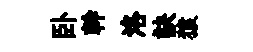
卧幹洛訣猿